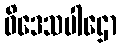
ဝိဒေသပါဌော